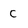
Character: c